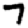
Digit: 7